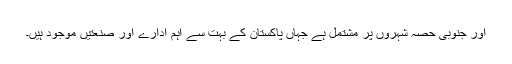
اور جنوبی حصّہ شہروں پر مشتمل ہے جہاں پاکستان کے بہت سے اہم ادارے اور صنعتیں موجود ہیں۔